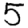
Digit: 5